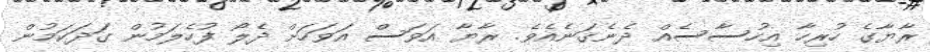
ރާޔާގެ ހުރިހާ އިހުސާސެއް ދެނެގަނެއެވެ. ރާޔާ އަވަސް އަވަހަށް ދެލޯ ފުހެލަމުން ގަދަކަމުން